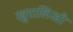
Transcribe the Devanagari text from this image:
खुरालिओ